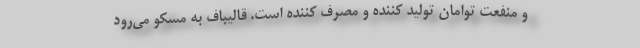
و منفعت توامان تولید کننده و مصرف کننده است. قالیباف به مسکو می‌رود